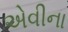
એવીના